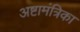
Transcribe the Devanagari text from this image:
अष्टामंत्रिका